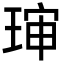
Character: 㻘